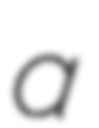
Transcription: a